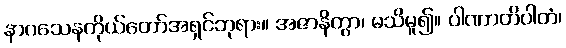
နာဂသေနကိုယ်တော်အရှင်ဘုရား။ အဇာနိတွာ၊ မသိမူ၍။ ပါဏာတိပါတံ၊